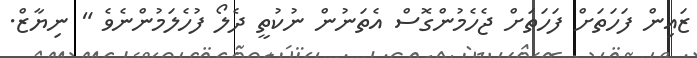
ޒައިން ފަހަތަށް ފަހަތަށް ޖެހެމުންގޮސް އެތަނުން ނުކުތީ ދެލޯ ފުހެލަމުންނެވެ " ނިޔާޒް.